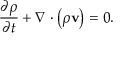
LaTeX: { \frac { \partial \rho } { \partial t } } + \nabla \cdot \left( \rho \mathbf { v } \right) = 0 .